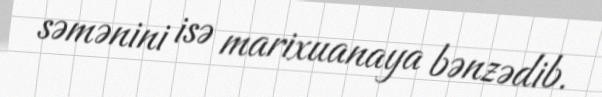
səmənini isə marixuanaya bənzədib.